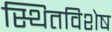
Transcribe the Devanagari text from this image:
स्थितविशेष